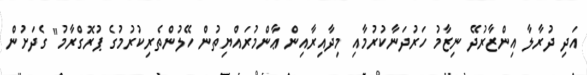
އަދި ދުރާލާ އިންޒާރުދޭ ނިޒާމު ހަރުދަނާކުރުމާއި މިދާއިރާއިން ޢާންމުރައްޔިތުން ހޭލުންތެރިކުރުމުގެ ޕުރޮގްރާމު" ގެދަށުން